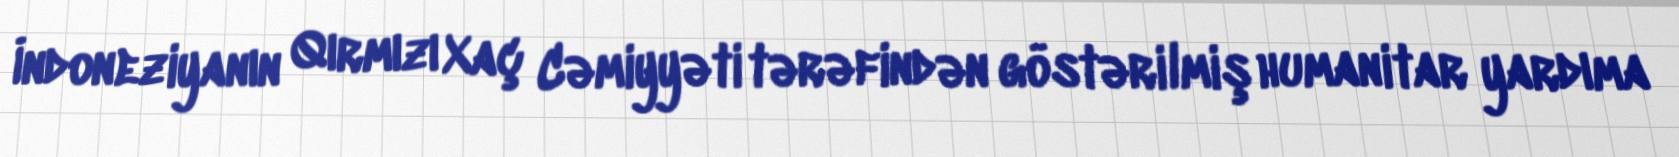
İndoneziyanın Qırmızı Xaç Cəmiyyəti tərəfindən göstərilmiş humanitar yardıma